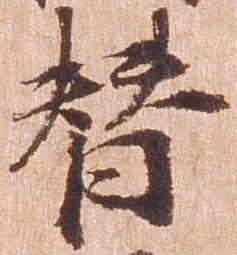
替